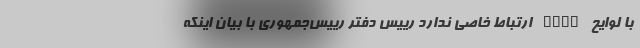
با لوایح FATF ارتباط خاصی ندارد رییس دفتر رییس‌جمهوری با بیان اینکه